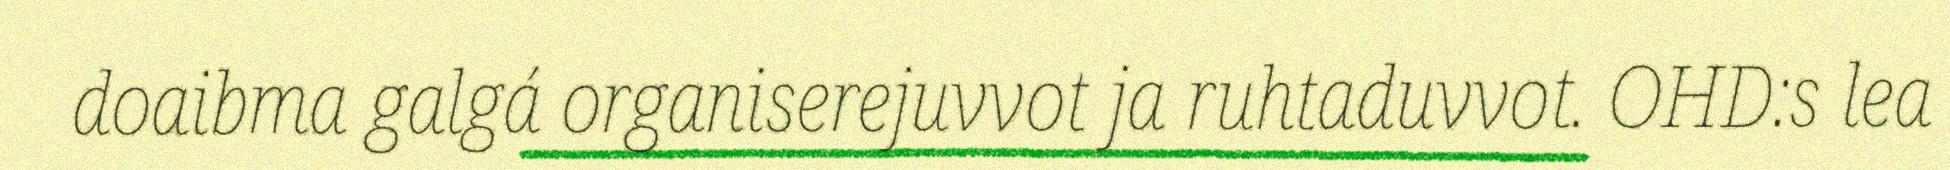
doaibma galgá organiserejuvvot ja ruhtaduvvot. OHD:s lea